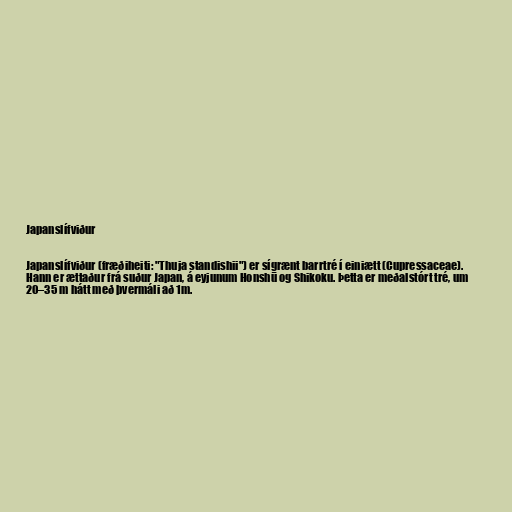
Japanslífviður

Japanslífviður (fræðiheiti: "Thuja standishii") er sígrænt barrtré í einiætt (Cupressaceae).
Hann er ættaður frá suður Japan, á eyjunum Honshū og Shikoku. Þetta er meðalstórt tré, um
20–35 m hátt með þvermáli að 1m.